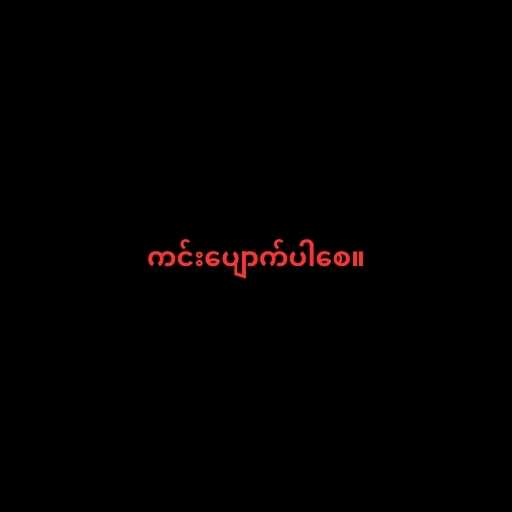
ကင်းပျောက်ပါစေ။